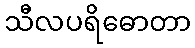
သီလပရိဓောတာ